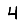
Digit: 4